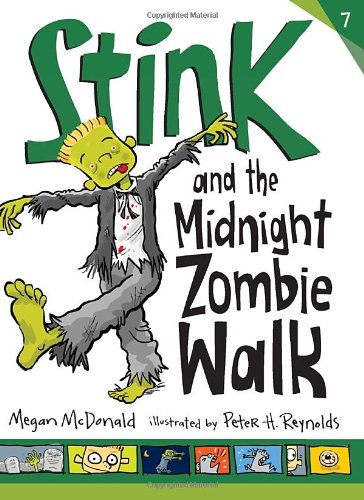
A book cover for Stink and the Midnight Zombie Walk; Megan McDonald; Children's Books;